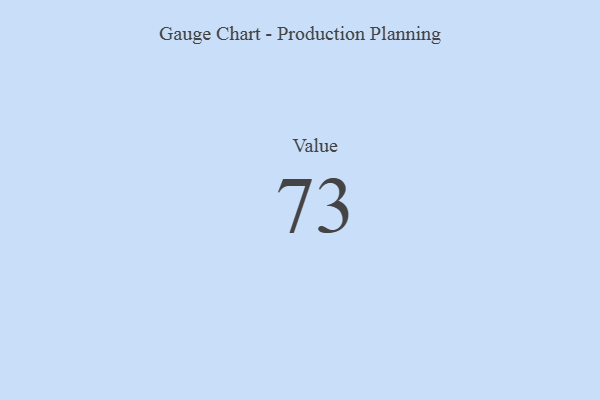
{"axis": {"x": "Metric", "y": "Value"}, "legend": [""], "data": [{"x": "Value", "y": 73, "type": ""}]}